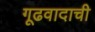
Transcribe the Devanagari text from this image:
गूढवादाची